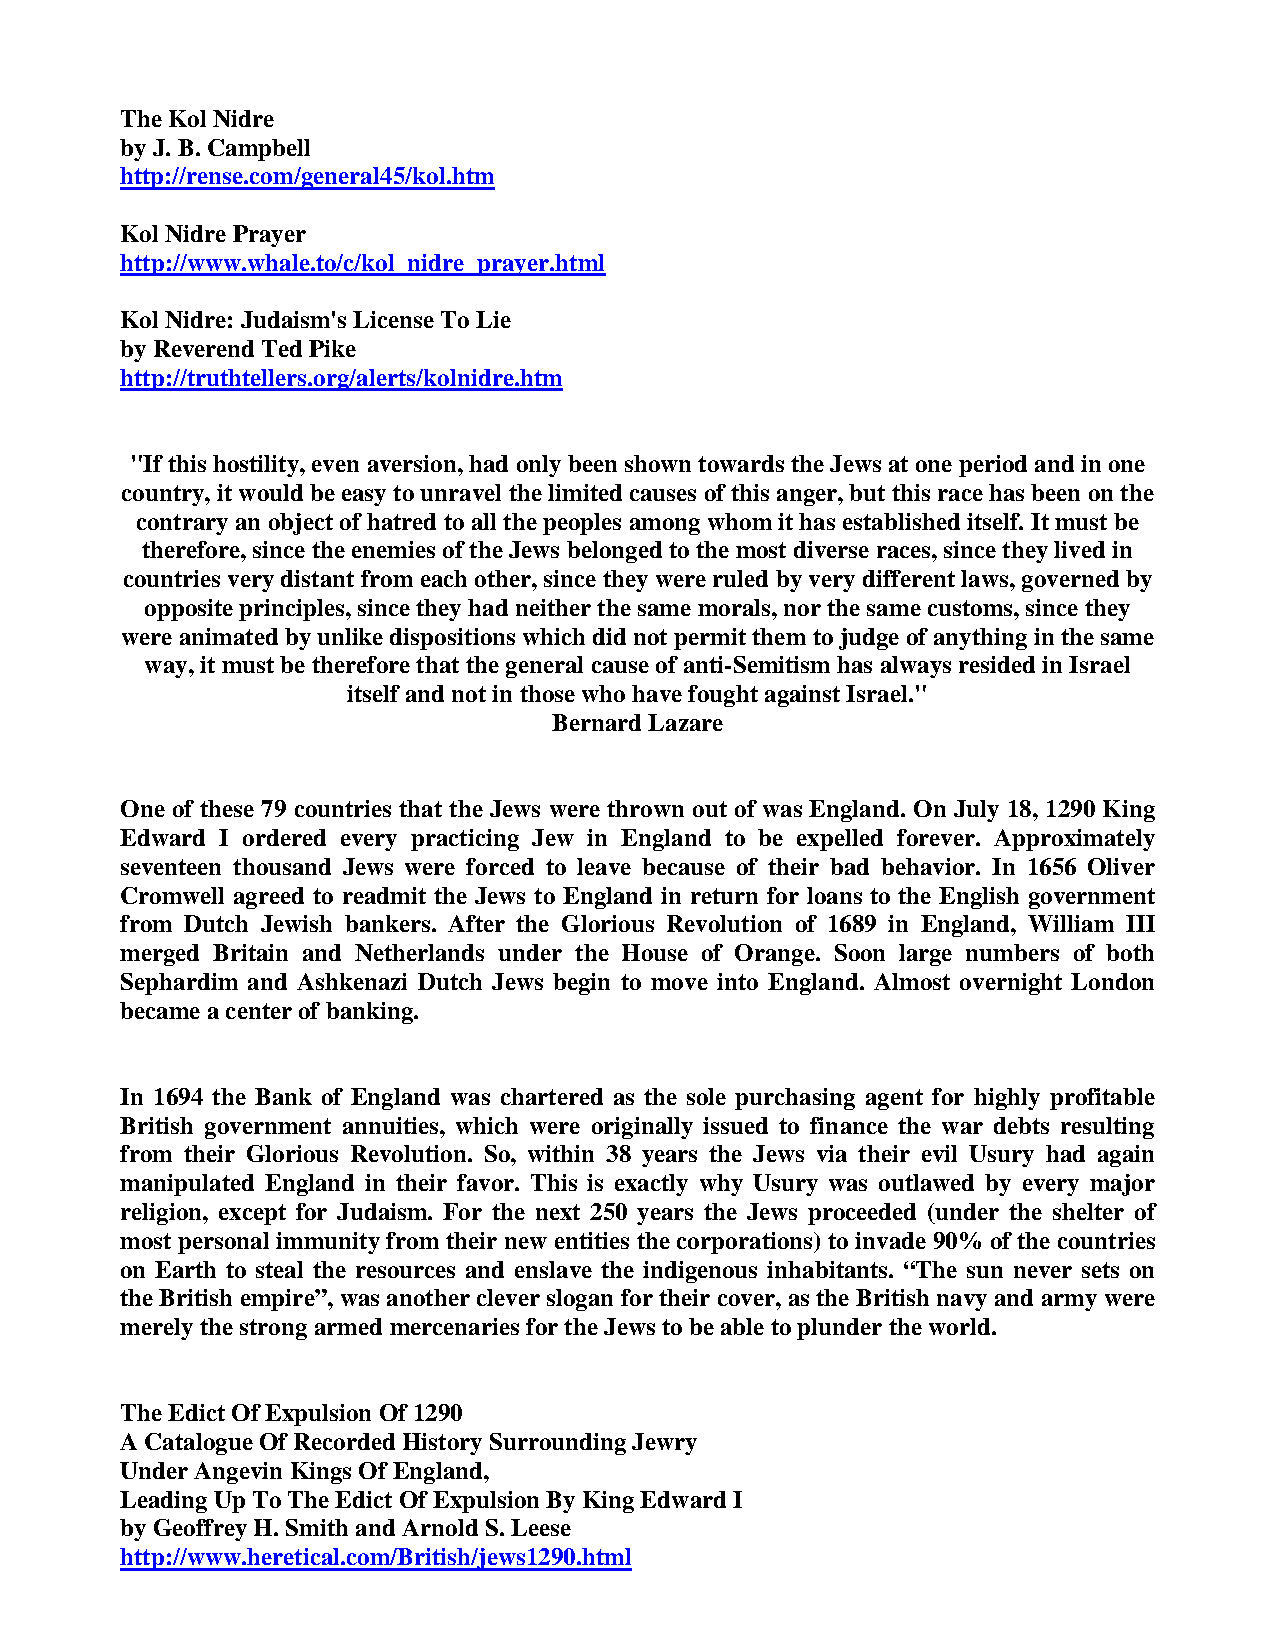
The Kol Nidre
 by J. B. Campbell
 http://rense.com/general45/kol.htm
 Kol Nidre Prayer
 http://www.whale.to/c/kol_nidre_prayer.html
 Kol Nidre: Judaism's License To Lie
 by Reverend Ted Pike
 http://truthtellers.org/alerts/kolnidre.htm
 "If this hostility, even aversion, had only been shown towards the Jews at one period and in one
 country, it would be easy to unravel the limited causes of this anger, but this race has been on the
 contrary an object of hatred to all the peoples among whom it has established itself. It must be
 therefore, since the enemies of the Jews belonged to the most diverse races, since they lived in
 countries very distant from each other, since they were ruled by very different laws, governed by
 opposite principles, since they had neither the same morals, nor the same customs, since they
 were animated by unlike dispositions which did not permit them to judge of anything in the same
 way, it must be therefore that the general cause of anti-Semitism has always resided in Israel
 itself and not in those who have fought against Israel."
 Bernard Lazare
 One of these 79 countries that the Jews were thrown out of was England. On July 18, 1290 King
 Edward I ordered every practicing Jew in England to be expelled forever. Approximately
 seventeen thousand Jews were forced to leave because of their bad behavior. In 1656 Oliver
 Cromwell agreed to readmit the Jews to England in return for loans to the English government
 from Dutch Jewish bankers. After the Glorious Revolution of 1689 in England, William III
 merged Britain and Netherlands under the House of Orange. Soon large numbers of both
 Sephardim and Ashkenazi Dutch Jews begin to move into England. Almost overnight London
 became a center of banking.
 In 1694 the Bank of England was chartered as the sole purchasing agent for highly profitable
 British government annuities, which were originally issued to finance the war debts resulting
 from their Glorious Revolution. So, within 38 years the Jews via their evil Usury had again
 manipulated England in their favor. This is exactly why Usury was outlawed by every major
 religion, except for Judaism. For the next 250 years the Jews proceeded (under the shelter of
 most personal immunity from their new entities the corporations) to invade 90% of the countries
 on Earth to steal the resources and enslave the indigenous inhabitants. “The sun never sets on
 the British empire”, was another clever slogan for their cover, as the British navy and army were
 merely the strong armed mercenaries for the Jews to be able to plunder the world.
 The Edict Of Expulsion Of 1290
 A Catalogue Of Recorded History Surrounding Jewry
 Under Angevin Kings Of England,
 Leading Up To The Edict Of Expulsion By King Edward I
 by Geoffrey H. Smith and Arnold S. Leese
 http://www.heretical.com/British/jews1290.html